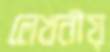
লেখনীয়